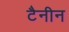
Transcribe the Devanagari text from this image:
टैनीन